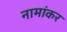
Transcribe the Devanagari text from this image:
नामांकर